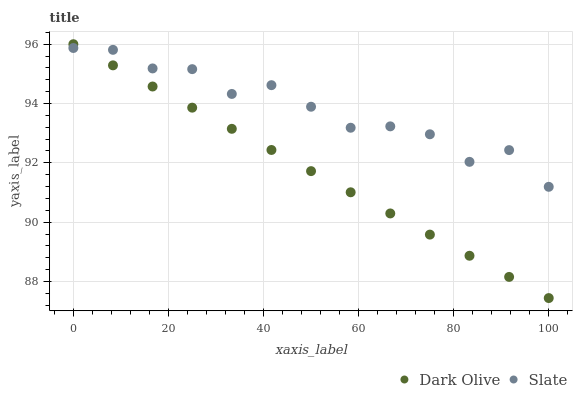
| xaxis_label | Dark Olive | Slate |
 | --- | --- | --- |
 | 0 | 96 | 95.9 |
 | 8.33 | 95.3 | 95.8 |
 | 16.7 | 94.6 | 95.2 |
 | 25 | 93.9 | 95.2 |
 | 33.3 | 93.1 | 94.3 |
 | 41.7 | 92.4 | 94.6 |
 | 50 | 91.7 | 93.9 |
 | 58.3 | 91 | 93.2 |
 | 66.7 | 90.3 | 93.2 |
 | 75 | 89.6 | 93 |
 | 83.3 | 88.9 | 92 |
 | 91.7 | 88.2 | 92.4 |
 | 100 | 87.4 | 91.2 |